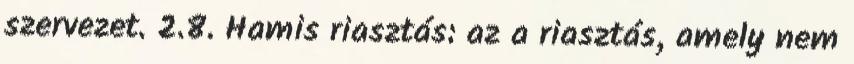
szervezet. 2.8. Hamis riasztás: az a riasztás, amely nem